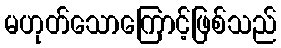
မဟုတ်သောကြောင့်ဖြစ်သည်